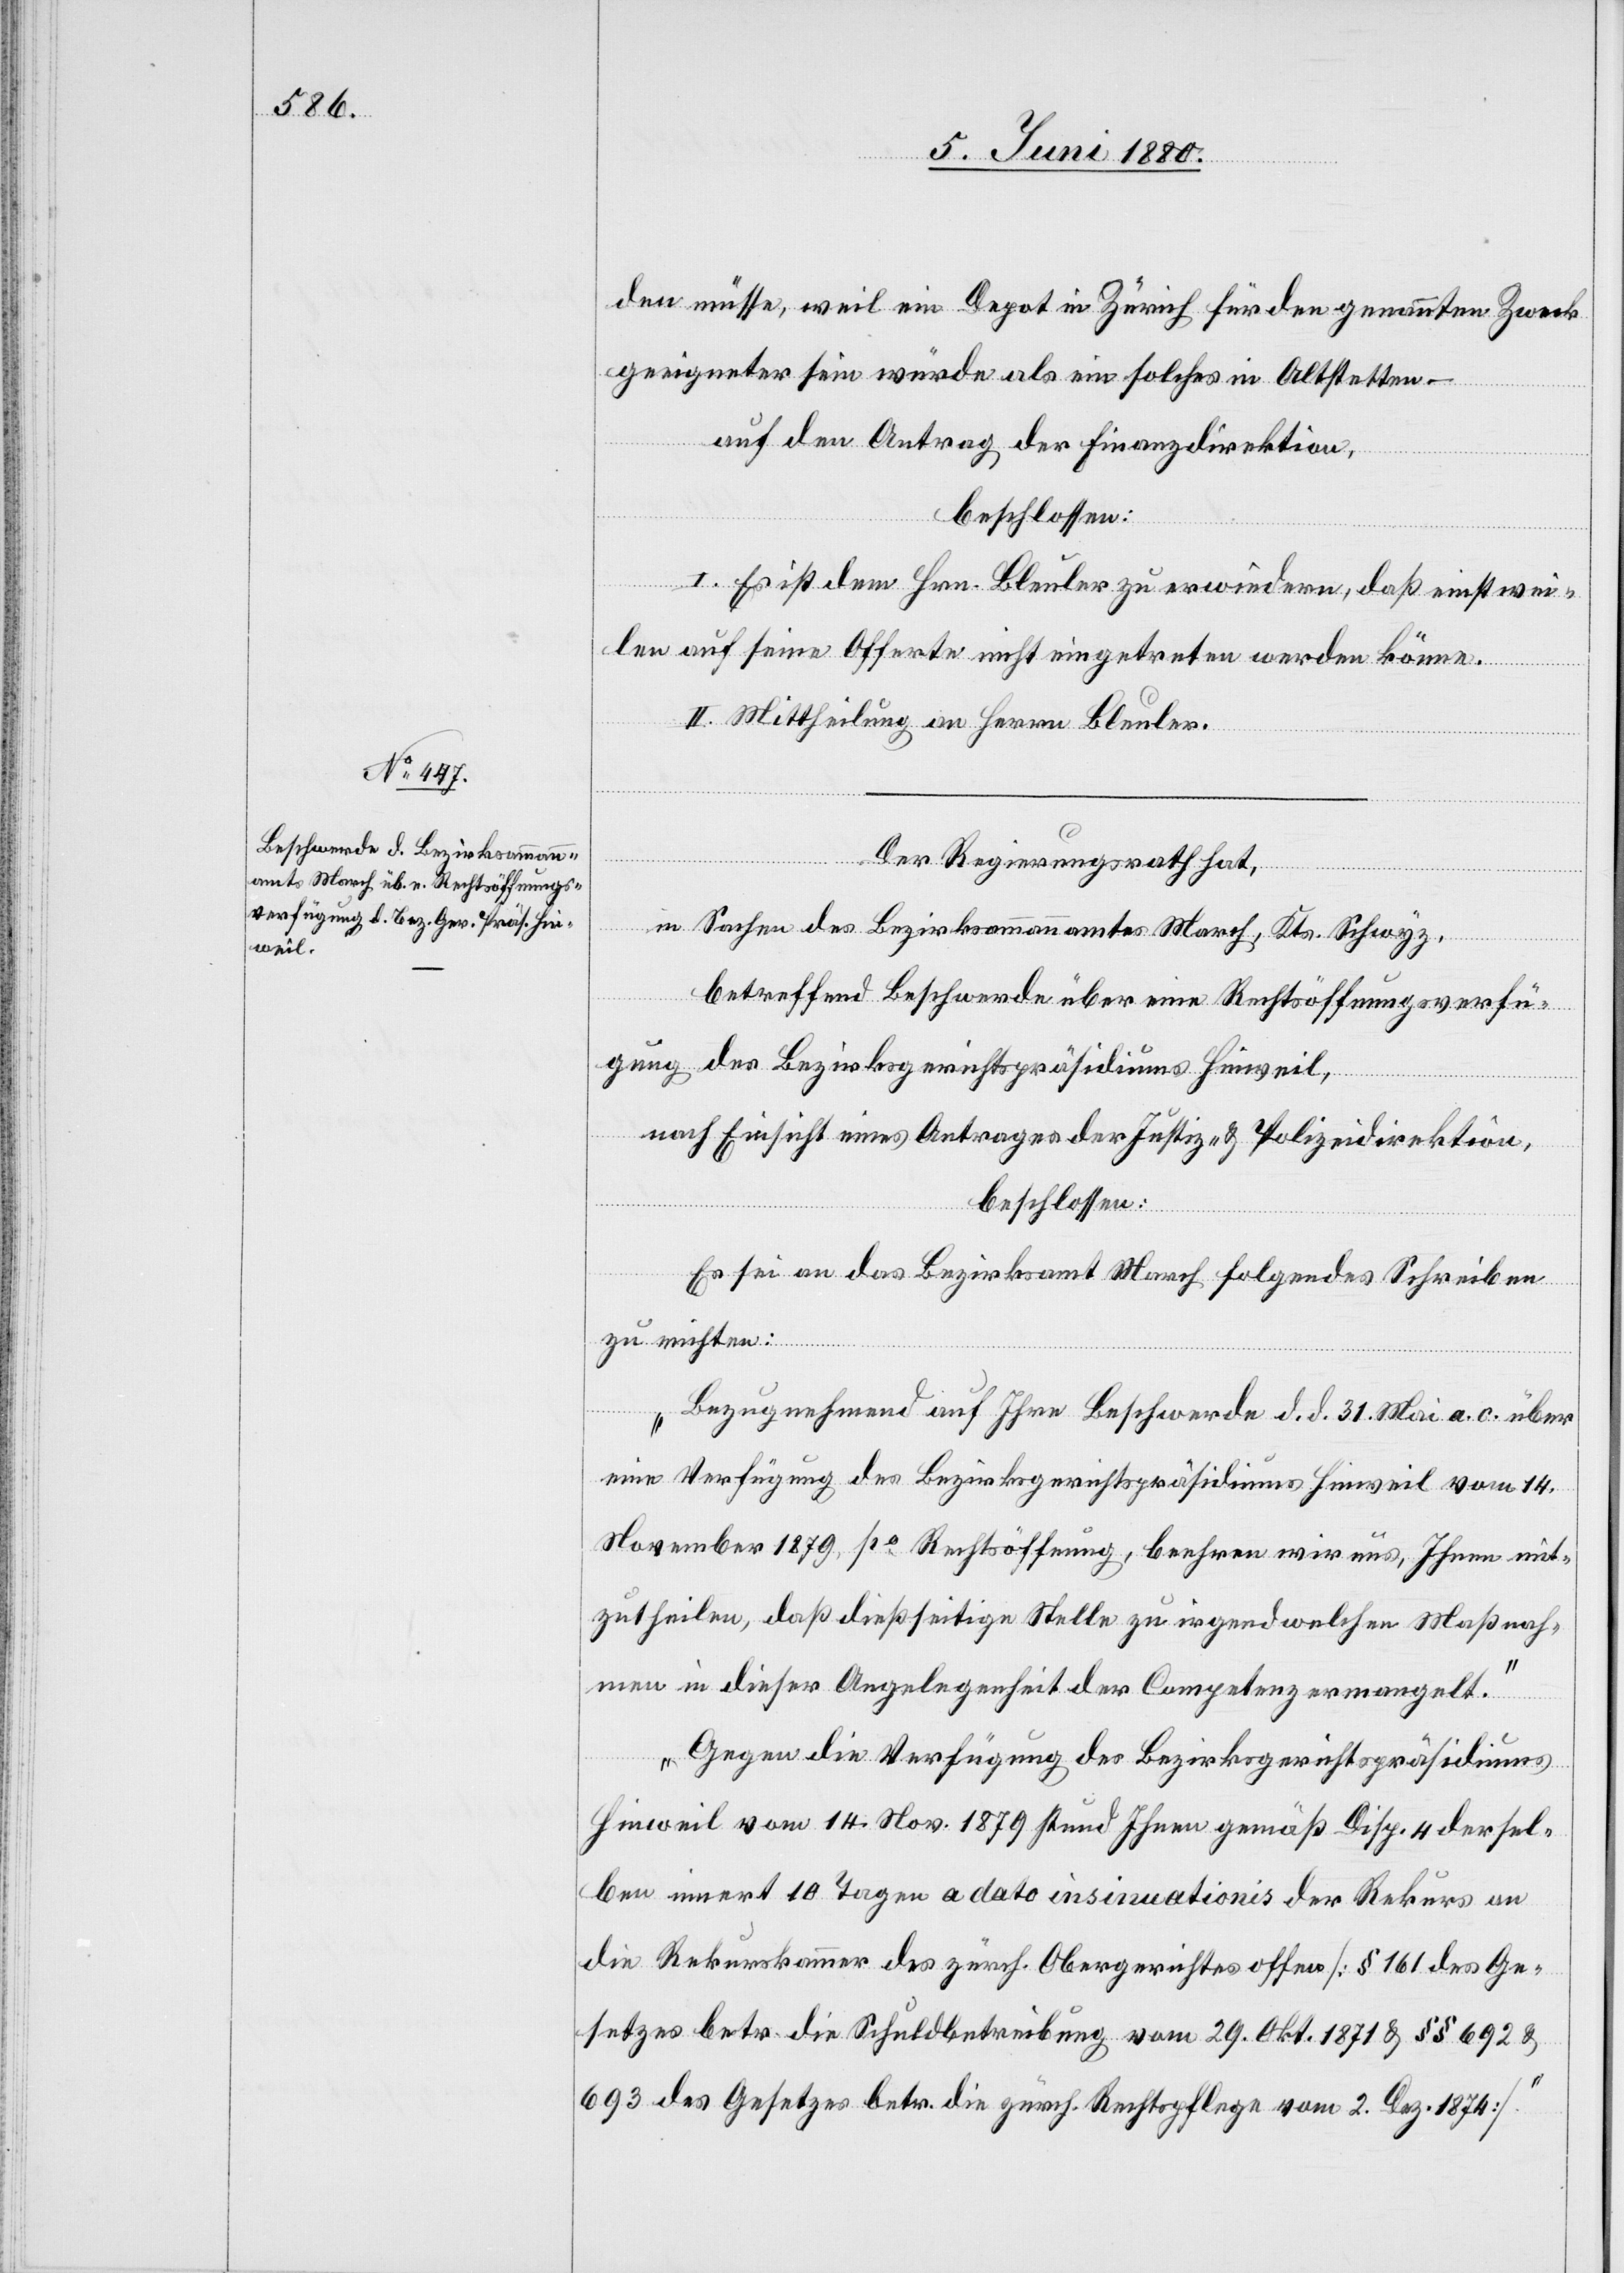
den müsse, weil ein Depot in Zürich für den genannten Zweck
geeigneter sein würde als ein solches in Altstetten –
auf den Antrag der Finanzdirektion,
beschlossen:
I. Es ist dem Hrn. Bleuler zu erwiedern, daß einstwei¬
len auf seine Offerte nicht eingetreten werden könne.
II. Mittheilung an Herrn Bleuler.
Der Regierungsrath hat,
in Sachen des Bezirksammannamtes March, Kts. Schwyz,
betreffend Beschwerde über eine Rechtsöffnungsverfü¬
gung des Bezirksgerichtspräsidiums Hinweil,
nach Einsicht eines Antrages der Justiz- & Polizeidirektion,
beschlossen:
Es sei an das Bezirksamt March folgendes Schreiben
zu richten:
„Bezugnehmend auf Ihre Beschwerde d. d. 31. Mai a. c. über
eine Verfügung des Bezirksgerichtspräsidiums Hinweil vom 14.
November 1879, po Rechtsöffnung, beehren wir uns, Ihnen mit¬
zutheilen, daß dießseitige Stelle zu irgendwelchen Maßnah¬
men in dieser Angelegenheit der Competenz ermangelt.
Gegen die Verfügung des Bezirksgerichtspräsidiums
Hinweil vom 14. Nov. 1879 stund Ihnen gemäß Disp. 4 dersel¬
ben innert 10 Tagen a dato insinuationis der Rekurs an
die Rekurskammer des zürch. Obergerichtes offen [§ 161 des Ge¬
setzes betr. die Schuldbetreibung vom 29. Okt. 1871 & §§ 692 &
693 des Gesetzes betr. die zürch. Rechtspflege vom 2. Dez. 1876.